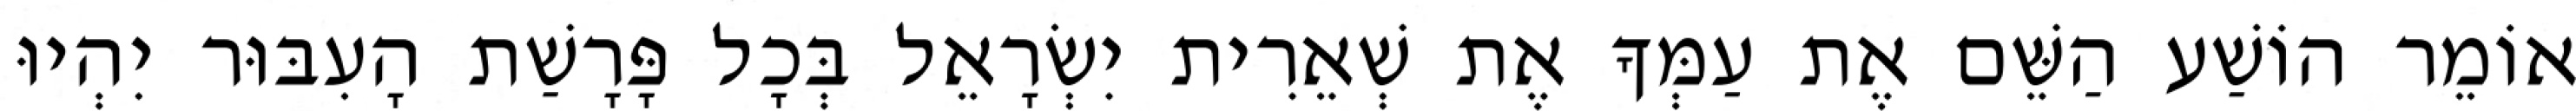
אוֹמֵר הוֹשַׁע הַשֵּׁם אֶת עַמְּךָ אֶת שְׁאֵרִית יִשְׂרָאֵל בְּכָל פָּרָשַׁת הָעִבּוּר יִהְיוּ